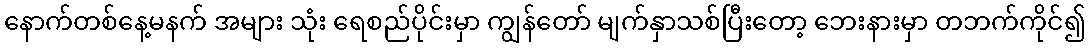
နောက်တစ်နေ့မနက် အများ သုံး ရေစည်ပိုင်းမှာ ကျွန်တော် မျက်နှာသစ်ပြီးတော့ ဘေးနားမှာ တဘက်ကိုင်၍